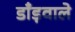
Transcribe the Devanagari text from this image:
डाँड़वाले